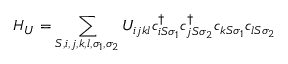
H _ { U } = \sum _ { S , i , j , k , l , \sigma _ { 1 } , \sigma _ { 2 } } U _ { i j k l } c _ { i S \sigma _ { 1 } } ^ { \dagger } c _ { j S \sigma _ { 2 } } ^ { \dagger } c _ { k S \sigma _ { 1 } } c _ { l S \sigma _ { 2 } }